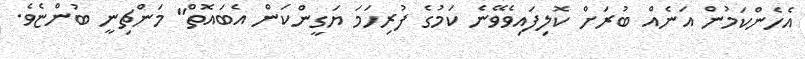
އެހެންކަމުން އަނެއް ބުރަށް ކޮލިފައިވެވޭނެ ކަމުގެ ފުރިހަމަ ޔަގީންކަން އެބައޮތް" މަންޗިނީ ބުންޏެވެ.